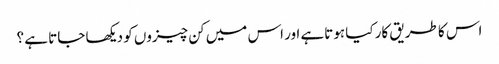
اس کا طریق کار کیا ہوتاہے اور اس میں کن چیزوں کو دیکھا جاتا ہے ؟